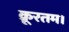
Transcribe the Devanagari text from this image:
क्रूरतम।